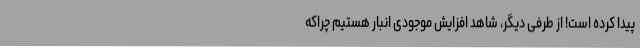
پیدا کرده است! از طرفی دیگر، شاهد افزایش موجودی انبار هستیم چراکه